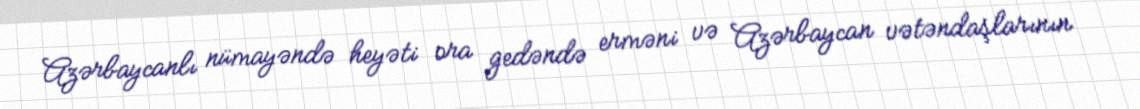
Azərbaycanlı nümayəndə heyəti ora gedəndə erməni və Azərbaycan vətəndaşlarının